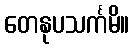
တေနုပသင်္ကမိ။